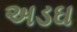
અડઘ